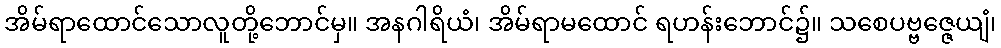
အိမ်ရာထောင်သောလူတို့ဘောင်မှ။ အနဂါရိယံ၊ အိမ်ရာမထောင် ရဟန်းဘောင်၌။ သစေပဗ္ဗဇ္ဇေယျံ၊